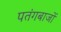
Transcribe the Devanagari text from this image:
पतंगबाजों